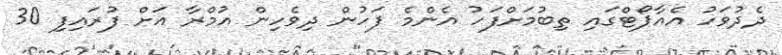
ދެދުވަހު އެއާޕޯޓްގައި ތިބުމަށްފަހު އެންމެ ފަހުން ދިވެހިން އުމްރާ އަށް ފުރައިފި 30